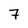
Character: 7